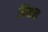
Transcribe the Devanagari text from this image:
मियारा